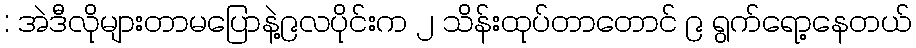
: အဲဒီလိုများတာမပြောနဲ့၉လပိုင်းက ၂ သိန်းထုပ်တာတောင် ၉ ရွက်ရော့နေတယ်